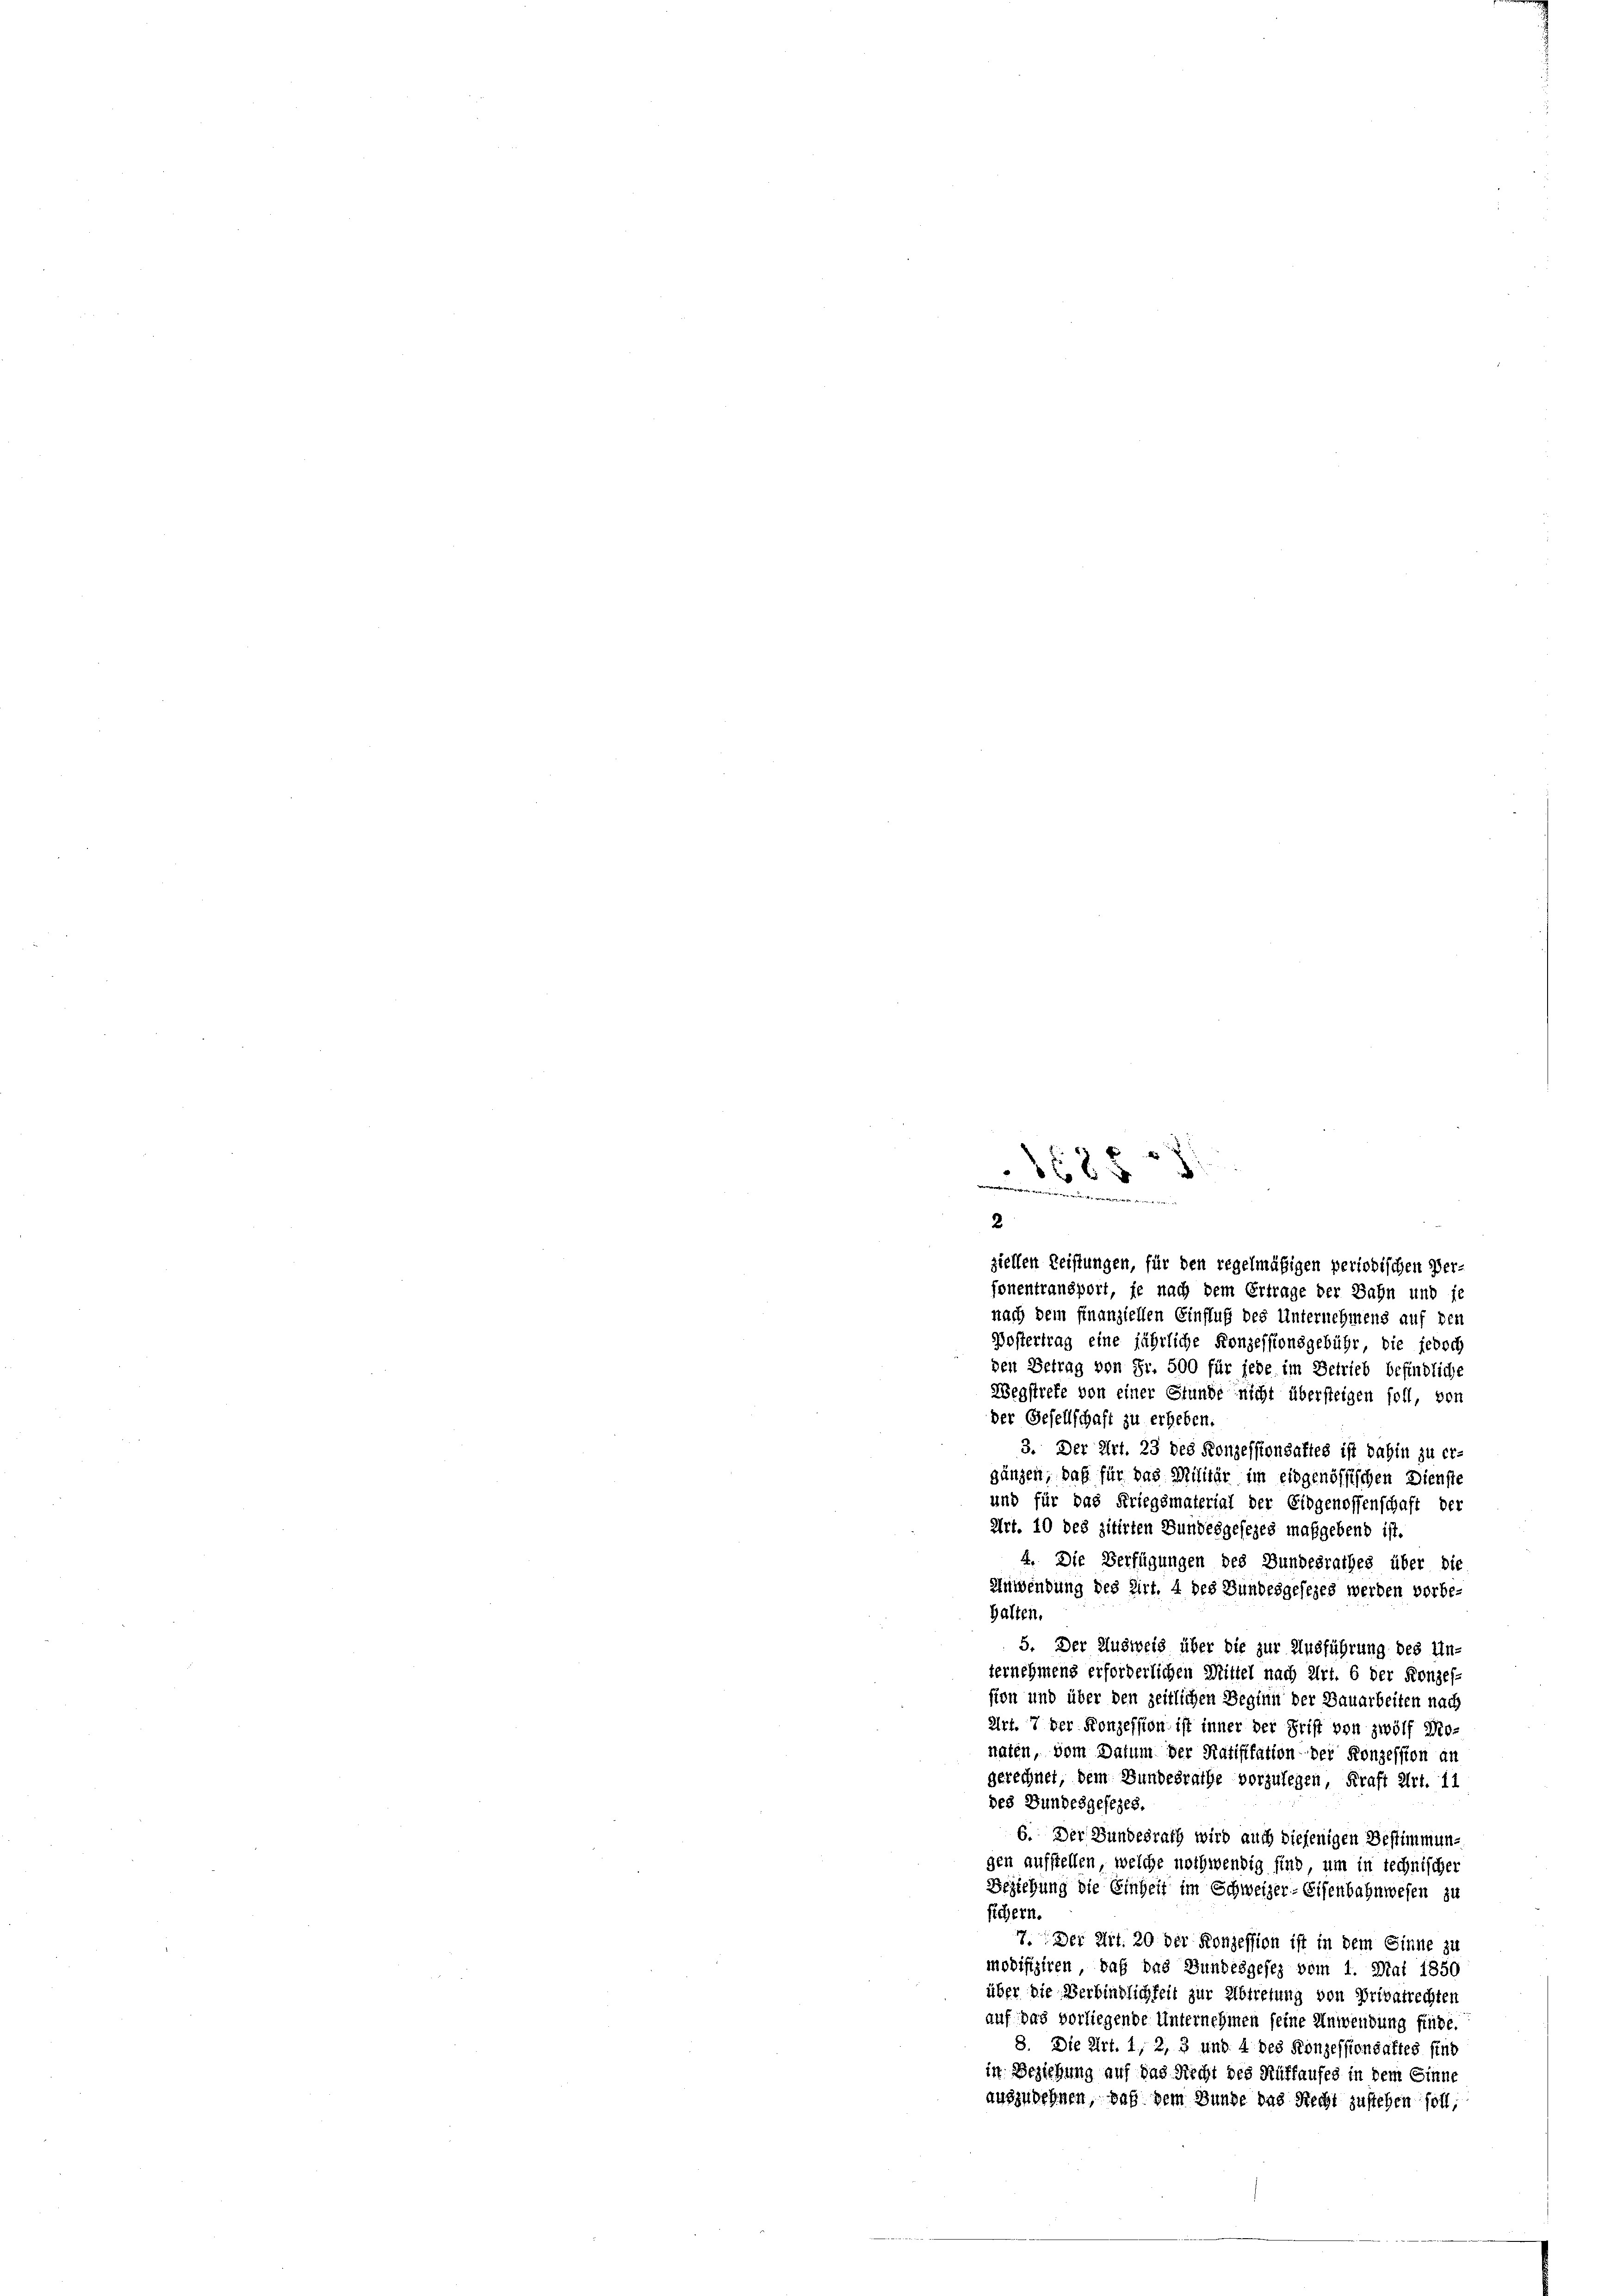
2.
ziellen Leistungen, für den regelmäßigen periodischen Ver-
fonentransport, je nach dem Ertrage der Bahn und je
nach dem Finanziellen Einfluß des Unternehmens auf den
Postertrag eine jährliche Konzessionsgebühr, die jedoch
den Betrag von Fr. 500 für jede im Betrieb befindliche
Wegstrefe von einer Stunde nicht übersteigen soll, von
der Gesellschaft zu erheben.
3. Der Art. 23 des Konzessionsaftes ist dahin zu er-
gänzen, daß für das Militär im eingenössischen Dienste
und für das Kriegsmaterial der Eidgenossenschaft der
Art. 10 des zitirten Bundesgesezes maßgebend ist.
4. Die Verfügungen des Bundesrathes über die
Enwendung des Zirt. 4 des Bundesgesezes werden vorbe-
halten.
5. Der Ausweis über die zur Ausführung des Un-
ternehmens erforderlichen Mittel nach Art. 6 der Konzes-
sion und über den zeitlichen Beginn der Bauarbeiten nach
Art. 7 der Konzession ist inner der Frist von zwölf Pronaten, vom Datum der Ratifikation der Konzession an
gerechnet, dem Bundesrathe vorzulegen, Kraft Art. 11
des Bundesgesezes.
6. Der Bundesrath wird auch diejenigen Bestimmung
gen aufstellen, welche nothwendig sind, um in technischer
Beziehung die Einheit im Schweizer-Eisenbahnwesen zu
sichern.
7. Der Art. 20 der Konzession ist in dem Sinne zu
modifiziren, daß das Bundesgesez vom 1. Mai 1850
über die Verbindlichkeit zur Abtretung von Privatrechten
auf das vorliegende Unternehmen seine Anwendung finde.
8. Die Art. 1, 2, 3 und 4 des Konzessionsaltes sind
in Beziehung auf das Recht des Rüffaufes in dem Sinne
auszudehnen, daß dem Bunde das Recht zustehen soll;

¬
8685
e